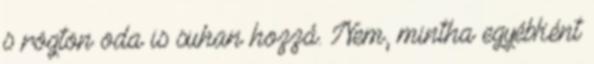
s rögtön oda is suhan hozzá. Nem, mintha egyébként